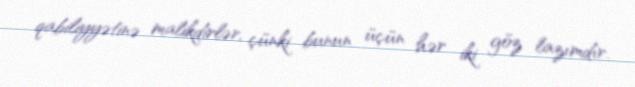
qabiliyyətinə malikdirlər, çünki bunun üçün hər iki göz lazımdır.